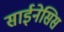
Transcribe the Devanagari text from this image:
साईनेसिस